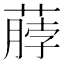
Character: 𫉖